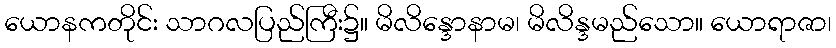
ယောနကတိုင်း သာဂလပြည်ကြီး၌။ မိလိန္ဒောနာမ၊ မိလိန္ဒမည်သော။ ယောရာဇာ၊